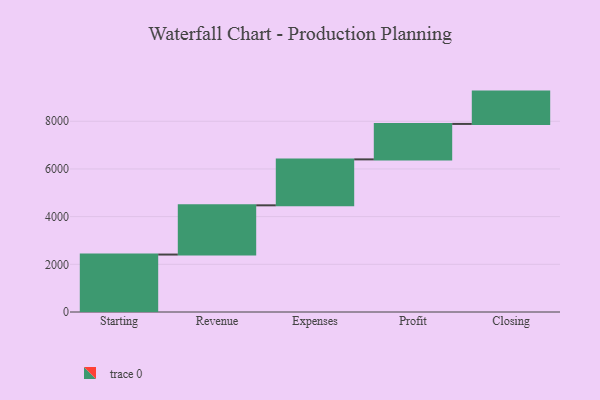
{"axis": {"x": "Step", "y": "Value"}, "legend": [""], "data": [{"x": "Starting", "y": 2410.0, "type": ""}, {"x": "Revenue", "y": 2065.0, "type": ""}, {"x": "Expenses", "y": 1927.0, "type": ""}, {"x": "Profit", "y": 1487.0, "type": ""}, {"x": "Closing", "y": 1356.0, "type": ""}]}